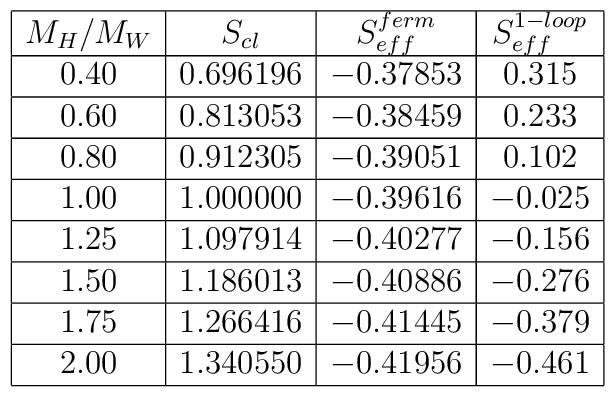
\begin{array}[t]{|c|c|c|c|} \hline  M_H/M_W & S_{cl} & S_{eff}^{ferm} & S_{eff}^{1-loop}  \\ \hline 0.40& 0.696196  & -0.37853 & 0.315    \\ \hline 0.60& 0.813053  & -0.38459 & 0.233    \\ \hline 0.80& 0.912305  & -0.39051 & 0.102    \\ \hline 1.00& 1.000000  & -0.39616 & -0.025   \\ \hline 1.25& 1.097914  & -0.40277 & -0.156   \\ \hline 1.50& 1.186013  & -0.40886 & -0.276   \\ \hline 1.75& 1.266416  & -0.41445 & -0.379   \\ \hline 2.00& 1.340550  & -0.41956 & -0.461   \\ \hline \end{array}